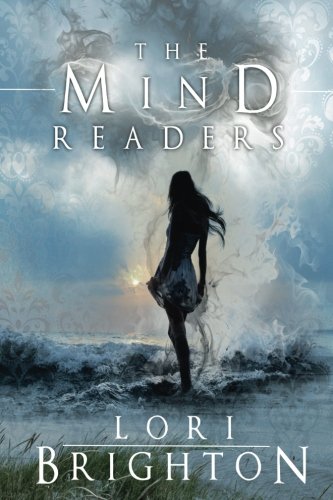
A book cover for The Mind Readers (The Mind Readers Series); Lori Brighton; Teen & Young Adult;